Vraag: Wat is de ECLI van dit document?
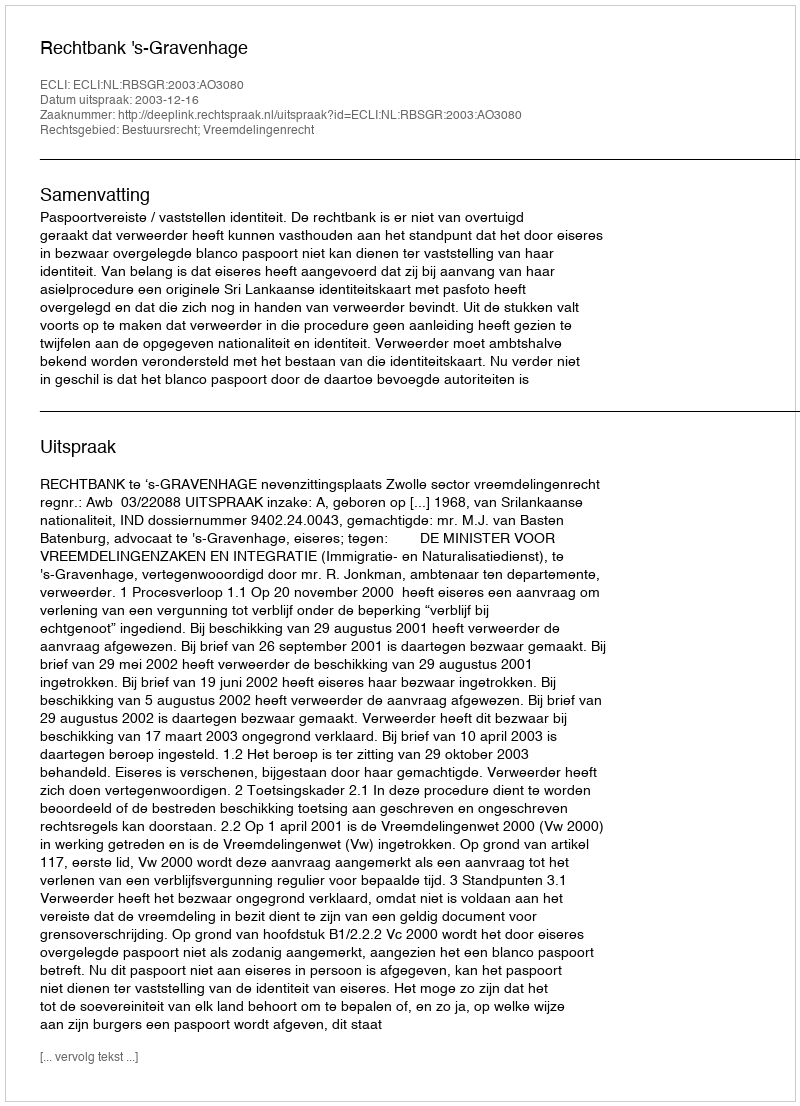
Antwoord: ECLI:NL:RBSGR:2003:AO3080